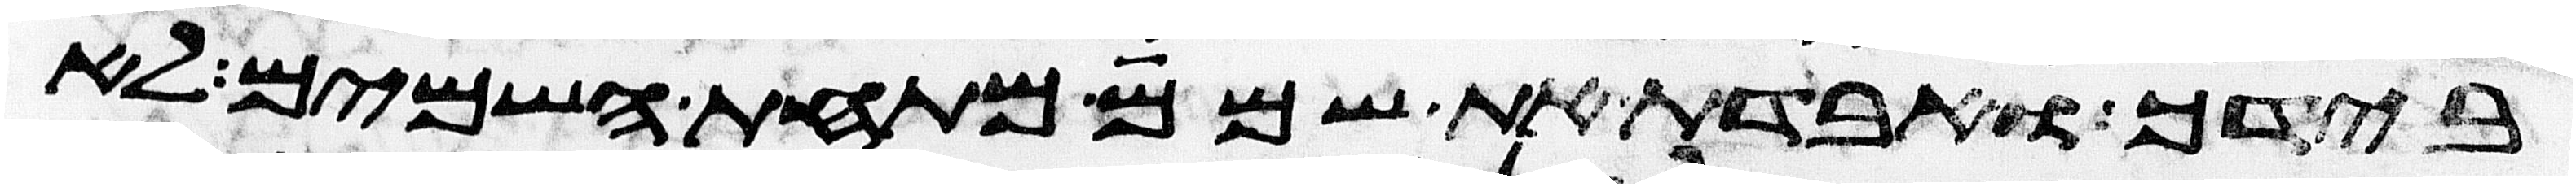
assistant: בידך ואבדת את שמם מתחת השמים לא